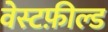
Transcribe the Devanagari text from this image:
वेस्टफ़ील्ड